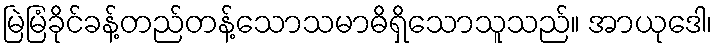
မြဲမြံခိုင်ခန့်တည်တန့်သောသမာဓိရှိသောသူသည်။ အာယုဒေါ၊